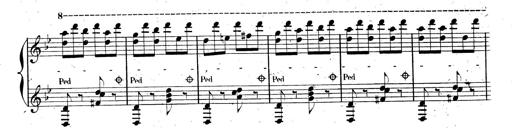
Title: AnnÃ©es de pÃ¨lerinage II, SupplÃ©ment
Composer: Franz Liszt